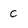
Character: C